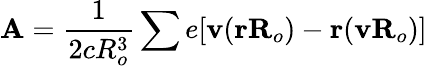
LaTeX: \textbf{A}=\frac{1}{2cR_{o}^{3}}\sum e[\textbf{v}(\textbf{rR}_{o})-\textbf{r}(\textbf{v}\textbf{R}_{o})]